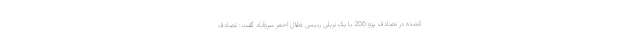
کشته در تصادف پژو 206 با یک تریلی رییس هلال احمر سروآباد گفت: تصادف